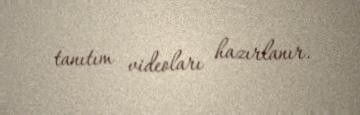
tanıtım videoları hazırlanır.